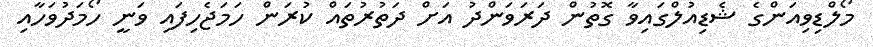
މޯލްޑިވިއަންގެ ޝެޑިއުލްގައިވާ ގޮތުން ދަރަވަންދު އަށް ދަތުރުތައް ކުރަން ހަމަޖެހިފައި ވަނީ ހޯމަދުވަހާއި